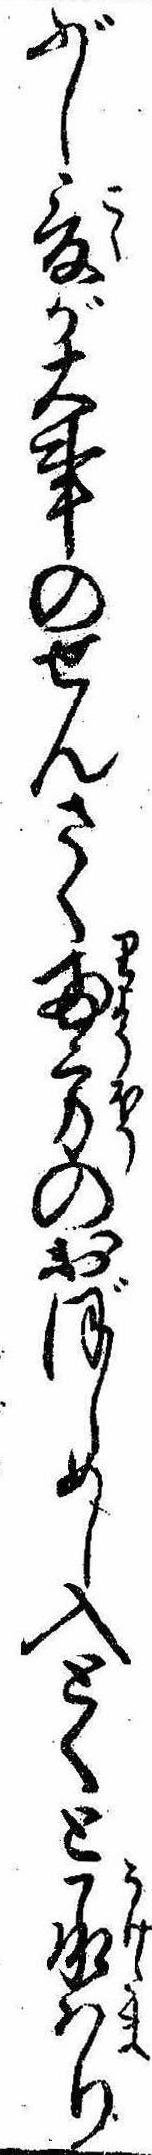
ぶし爰が大事のせんさく両方のおぼしめし入とくと承はり